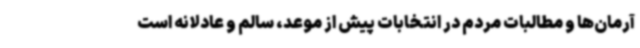
آرمان‌ها و مطالبات مردم در انتخابات پیش از موعد، سالم و عادلانه است